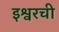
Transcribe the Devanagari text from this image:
इश्वरची